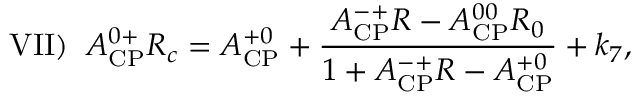
\mathrm { V I I } ) \; \; { \cal A } _ { \mathrm { C P } } ^ { 0 + } R _ { c } = { \cal A } _ { \mathrm { C P } } ^ { + 0 } + { \frac { A _ { \mathrm { C P } } ^ { - + } R - { \cal A } _ { \mathrm { C P } } ^ { 0 0 } R _ { 0 } } { 1 + { \cal A } _ { \mathrm { C P } } ^ { - + } R - A _ { \mathrm { C P } } ^ { + 0 } } } + k _ { 7 } ,